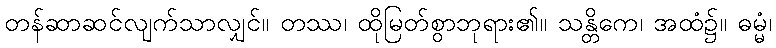
တန်ဆာဆင်လျက်သာလျှင်။ တဿ၊ ထိုမြတ်စွာဘုရား၏။ သန္တိကေ၊ အထံ၌။ ဓမ္မံ၊